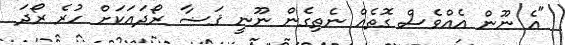
"އެ ނޫން އެއްވެސް ގޮތެއް ނެތިގެން ނޫނީ ޤަޟާ ރޯދައަކަށް ހުރެ ރޯދަ